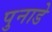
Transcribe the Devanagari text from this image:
पुनाडे